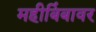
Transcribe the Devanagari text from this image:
महीबिंबावर